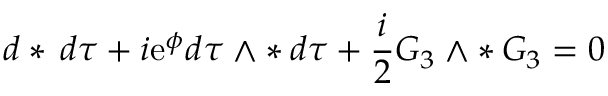
d * \, d \tau + i \mathrm { e } ^ { \phi } d \tau \wedge * \, d \tau + \frac { i } { 2 } G _ { 3 } \wedge * \, G _ { 3 } = 0